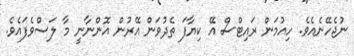
ނުޖެހޭނެއެވެ. ހިއުމަން ރައިޓްސް އޭ ކިޔާފަ ތެދުވަން އޭރުން އޮންނާނީ މާ ލަސްވެފައެވެ.